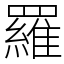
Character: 羅